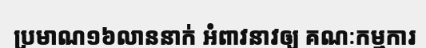
ប្រមាណ១៦លាននាក់ អំពាវនាវឲ្យ គណៈកម្មការ